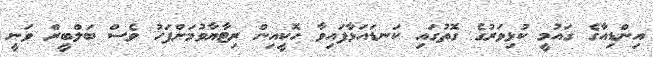
އިންޑިއާގެ ގައުމީ ކުޅިވަރުގެ ގޮތުގައި ކަނޑައަޅާފައިވާ ހޮކީއިން ރިޓާޔާވުމަށްފަހު ވެސް ބަލްބީރް ވަނީ